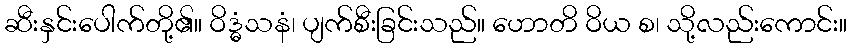
ဆီးနှင်းပေါက်တို့၏။ ဝိဒ္ဓံသနံ၊ ပျက်စီးခြင်းသည်။ ဟောတိ ဝိယ စ၊ သို့လည်းကောင်း။